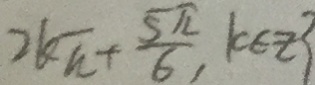
2 k \pi + \frac { 5 \pi } { 6 } , \vert k \in Z